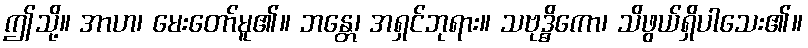
ဤသို့။ အာဟ၊ မေးတော်မူ၏။ ဘန္တေ၊ အရှင်ဘုရား။ သဗုဒ္ဓိကော၊ သိဖွယ်ရှိပါသေး၏။